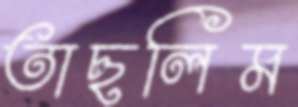
তাছলিম